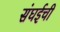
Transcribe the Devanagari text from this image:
संघईची